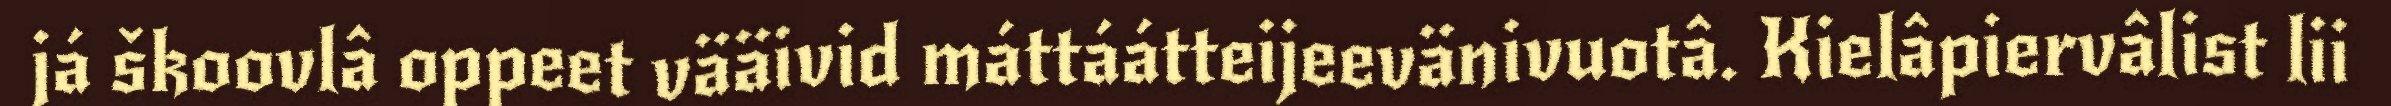
já škoovlâ oppeet vääivid máttáátteijeevänivuotâ. Kielâpiervâlist lii